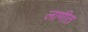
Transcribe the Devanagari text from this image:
लाणीत